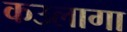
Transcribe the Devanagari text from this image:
कउलागा